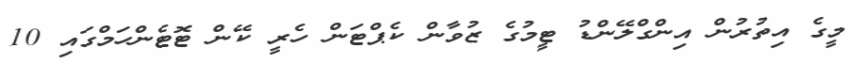
މީގެ އިތުރުން އިންގްލޭންޑު ޓީމުގެ ޒުވާން ކެޕްޓަން ހެރީ ކޭން ޓޮޓެންހަމްގައި 10